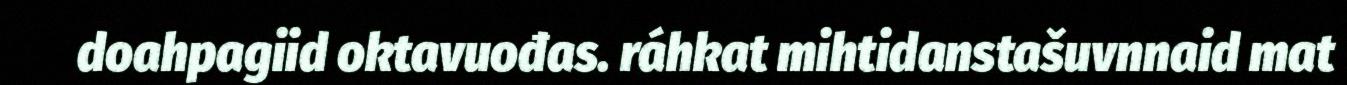
doahpagiid oktavuođas. ráhkat mihtidanstašuvnnaid mat